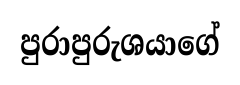
පුරාපුරුශයාගේ